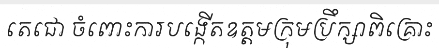
តេជោ ចំពោះការបង្កើតឧត្តមក្រុមប្រឹក្សាពិគ្រោះ